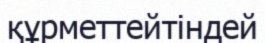
құрметтейтіндей